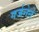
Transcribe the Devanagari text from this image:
गर्जनेने